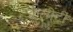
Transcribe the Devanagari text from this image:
क्वैलीटी